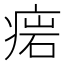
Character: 𤷳